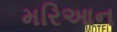
મરિઆન